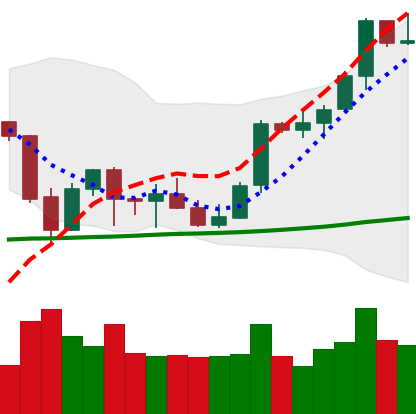
Ticker: BTC-USD
Chart end date: 2021-10-08
Forward return: 6.362%
Label: up_5_7